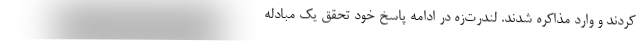
کردند و وارد مذاکره شدند. لندرت‌زه در ادامه پاسخ خود تحقق یک مبادله